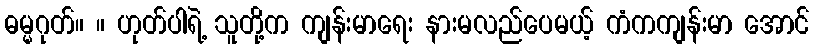
ဓမ္မဂုတ်။ ။ ဟုတ်ပါရဲ့ သူတို့က ကျန်းမာရေး နားမလည်ပေမယ့် ကံကကျန်းမာ အောင်